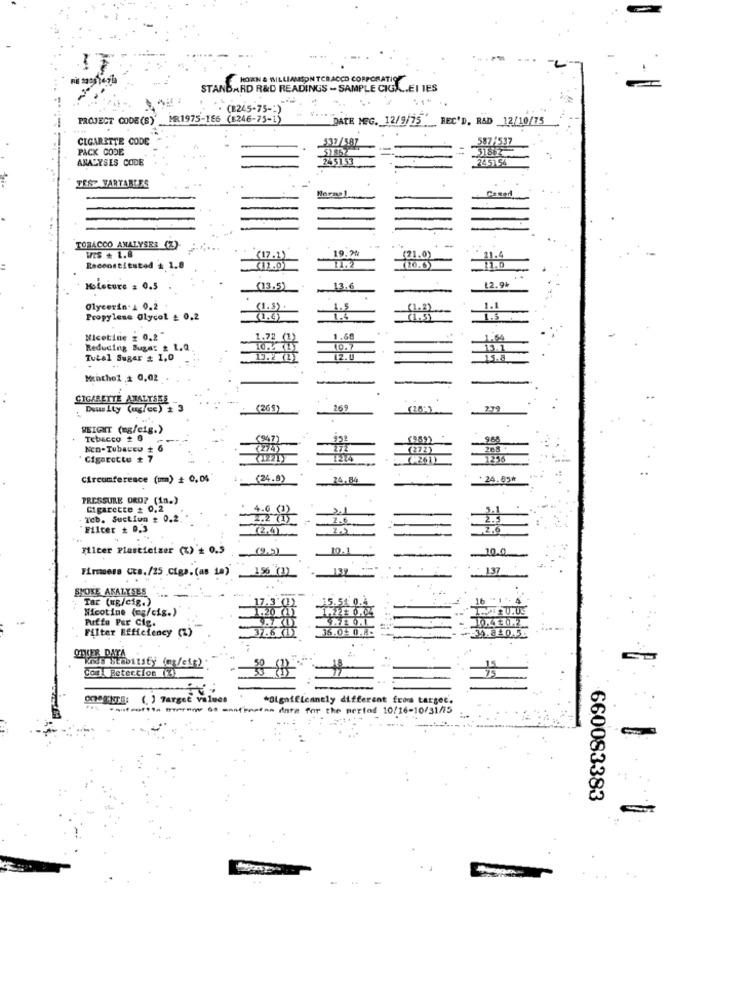
KORN & WILLIAMSON TOBACCO CORPORATIO
STANDARD R&D READINGS - SAMPLE CIGA .. EI IES
. (1245-75 -: )
... .
PROJECT CODE (S)
MR1975-186 (8246-75-1)
DATE MEG. 12/9/75 REC'D. RAD 12/10/75
CIGARETTE CODE
332/587
587/537
PACK CODE
51862
51862
ANALYSES CODE
245153
2451.54
TEST VARTABLES
TOBACCO ANALYSES (Z)-
WES + 1.8
19.7%
(17.1)
11.2
(21.0)
21.4
Reconstituted # 1
(12.01
20.6)
11.0
12.94
HoLecure : 0.5
(13,5)
13.6
Glycerin- 1 0.2
(1.3).
1.5
(1,2)
Propylene Glycol £ 0.2
(1.4)
1.6
(1,5)
Nicotine : 0.2
1.72 (1)
1.60
Reducing Sugar # 1.Q
10.7
13.1
Tutal Sugar # 1,0
13.2 01
12.1
15.8
Menthe1 ,2 0,02
SIGARETTE ANALYSES
Deus Ity (ug/ce) # 3
(269
269
279
WEIGHT (mg/cig.)
Tobacco # 0
(947)
(989)
Non-Tubaceu + 6
(274)
(272)
203
Cigarette # 7
1224
Circumference (mm) # 0,04
(24.8)
24,84
24.03*
PRESSURE ORO? (11.)
Cigarette # 0,2
4.G (1)
Icb. Suction # 0.2.
2.2 (1)
2.6
2.3
Filter # 0.3
(2.4)
2.6
ricer Plastietzer (%) + 0.5
10.1
Firmaers Cts./25 Cigs. (as 1a)
15% (1)
SMOKE ANALYSES
Tar (ug/cig.)
17.3'(1)
15.54 0.4
Nicotine (=g/cig.)
1.20 (1)
1.22# 0.04
16
Puffe Per Cig.
9.7 (1)
Filter Efficiency (%)
37.6 (1)
36.0+ 0.8.
234.840.5.
OTHER DATA
Coml Betercion (2)
DOCENTE: (. ) Target values
*Significantly different from target.
------ --- w §. manfenet .. inte for the nering 10/16-10/31/15
660083383